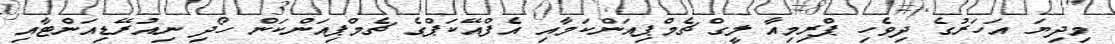
މިދިޔަ އަހަރުގެ ދިވެހި ޕްރިމިއާ ލީގް ޗެމްޕިއަންކަމާއި އެފްއޭކަޕްގެ ޗެމްޕިއަންކަން ހޯދި ނިއުރޭޑިއަންޓާއި